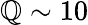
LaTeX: \mathbb{Q}\sim10